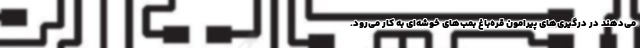
می‌دهند در درگیری‌های پیرامون قره‌باغ بمب‌های خوشه‌ای به کار می‌رود.